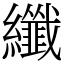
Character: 纖